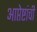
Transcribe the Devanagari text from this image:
आप्तेष्टांची